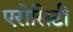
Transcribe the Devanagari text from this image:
एरोसिटी